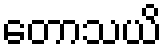
တောသယိ